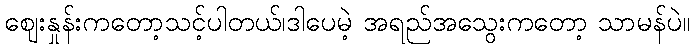
ဈေးနှုန်းကတော့သင့်ပါတယ်၊ဒါပေမဲ့ အရည်အသွေးကတော့ သာမန်ပဲ။